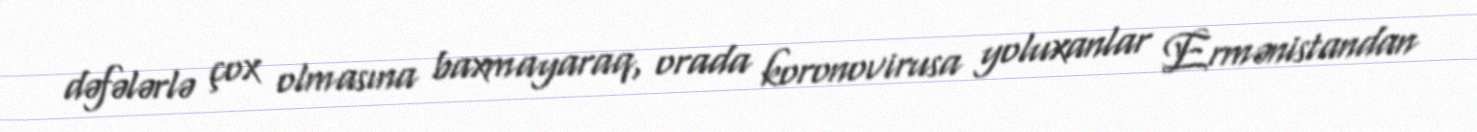
dəfələrlə çox olmasına baxmayaraq, orada koronovirusa yoluxanlar Ermənistandan